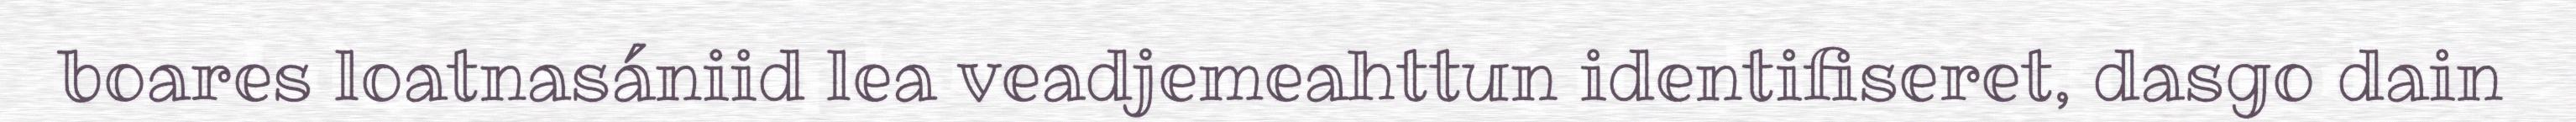
boares loatnasániid lea veadjemeahttun identifiseret, dasgo dain